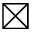
\boxtimes